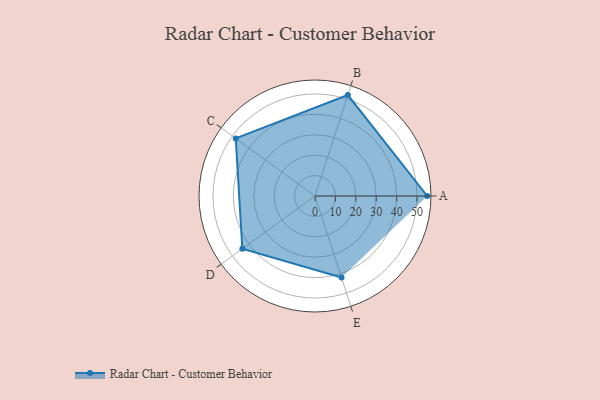
{"axis": {"x": "Skill", "y": "Score"}, "legend": ["Profile"], "data": [{"x": "A", "y": 55.0, "type": "Profile"}, {"x": "B", "y": 52.0, "type": "Profile"}, {"x": "C", "y": 48.0, "type": "Profile"}, {"x": "D", "y": 44.0, "type": "Profile"}, {"x": "E", "y": 42.0, "type": "Profile"}]}